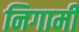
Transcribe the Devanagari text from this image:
निगामी